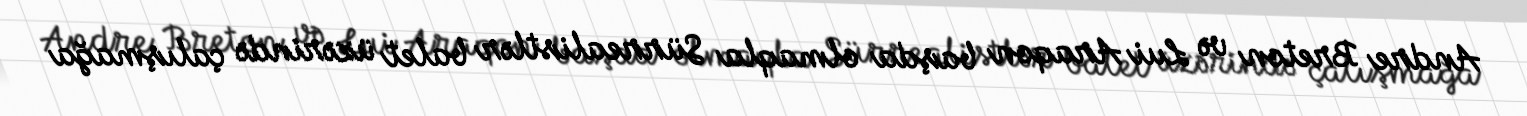
Andre Breton və Lui Araqon başda olmaqla Sürrealistlər balet üzərində çalışmağa